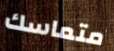
متماسك